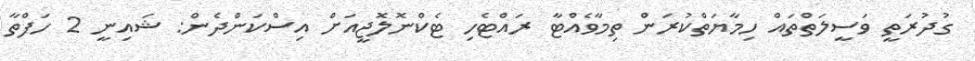
ގުދުރަތީ ވަސީލަތްތައް ހިމާޔަތްކުރަން ތިމާވެއްޓާ ރައްޓެހި ޓެކްނޮލޮޖީއަށް އިސްކަންދެން: ޝައިނީ 2 ހަފްތާ